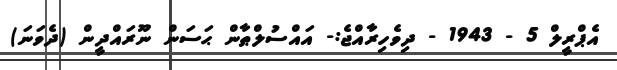
އެޕްރީލް 5 - 1943 - ދިވެހިރާއްޖެ:- އައްސުލްޠާން ޙަސަން ނޫރައްދީން (ދެވަނަ)